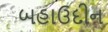
બહાઉદીન